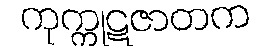
ကုက္ကုဋဇာတက